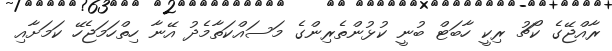
ރާއްޖޭގެ ކޯޗު ރިކީ ހާބަޓް ބުނީ ކުޅުންތެރިންގެ މަސައްކަތާމެދު އޭނާ ހިތްހަމަޖެހޭ ކަމަށާއި